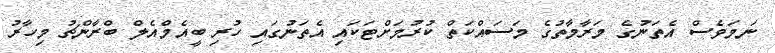
ނަމަވެސް އެތަނުގެ މަރާމާތުގެ މަސައްކަތް ކުރުމަށްޓަކައި އެތަނުގައި ހުރި ބީއެމްއެލް ބްރާންޗު މިހާރު